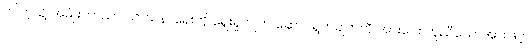
ဤကဲ့သို့ အမျိုးဘာသာ သာသနာရေးကို ရှေးရှုလျက် ဆောင်ရွက်ချက်ကို အားပေး ကူညီသောအားဖြင့်